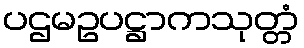
ပဌမဥပဋ္ဌာကသုတ္တံ